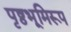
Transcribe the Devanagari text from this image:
पृष्ठभूमिरूप